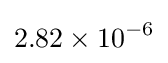
2.82\times 10^{-6}